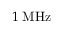
1 \: \mathrm { M H z }